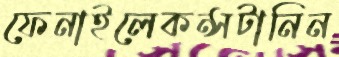
ফেনাইলেকন্সটানিন